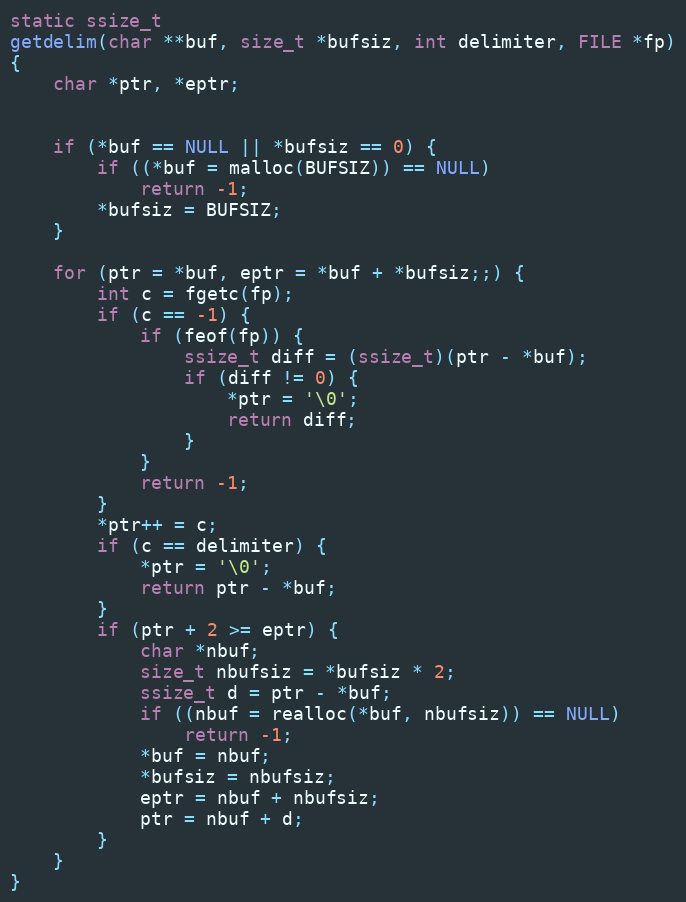
Language: C
static ssize_t
getdelim(char **buf, size_t *bufsiz, int delimiter, FILE *fp)
{
	char *ptr, *eptr;

	if (*buf == NULL || *bufsiz == 0) {
		if ((*buf = malloc(BUFSIZ)) == NULL)
			return -1;
		*bufsiz = BUFSIZ;
	}

	for (ptr = *buf, eptr = *buf + *bufsiz;;) {
		int c = fgetc(fp);
		if (c == -1) {
			if (feof(fp)) {
				ssize_t diff = (ssize_t)(ptr - *buf);
				if (diff != 0) {
					*ptr = '\0';
					return diff;
				}
			}
			return -1;
		}
		*ptr++ = c;
		if (c == delimiter) {
			*ptr = '\0';
			return ptr - *buf;
		}
		if (ptr + 2 >= eptr) {
			char *nbuf;
			size_t nbufsiz = *bufsiz * 2;
			ssize_t d = ptr - *buf;
			if ((nbuf = realloc(*buf, nbufsiz)) == NULL)
				return -1;
			*buf = nbuf;
			*bufsiz = nbufsiz;
			eptr = nbuf + nbufsiz;
			ptr = nbuf + d;
		}
	}
}